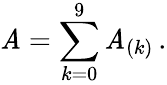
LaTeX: \mathit{A}=\sum_{k=0}^{9}\mathit{A}_{(k)}\, .